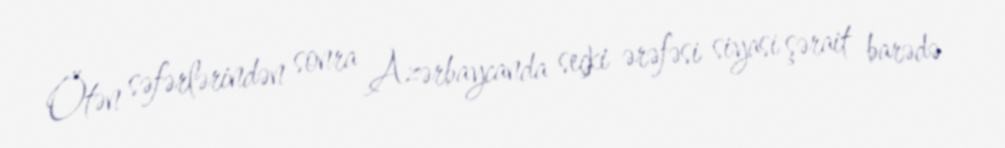
Ötən səfərlərindən sonra Azərbaycanda seçki ərəfəsi siyasi şərait barədə